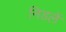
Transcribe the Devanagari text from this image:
निडलें